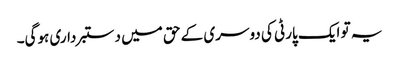
یہ تو ایک پارٹی کی دوسری کے حق میں دستبرداری ہوگی۔